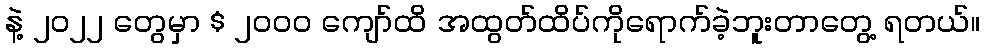
နဲ့ ၂၀၂၂ တွေမှာ $ ၂၀၀၀ ကျော်ထိ အထွတ်ထိပ်ကိုရောက်ခဲ့ဘူးတာတွေ့ ရတယ်။